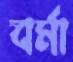
বর্মা